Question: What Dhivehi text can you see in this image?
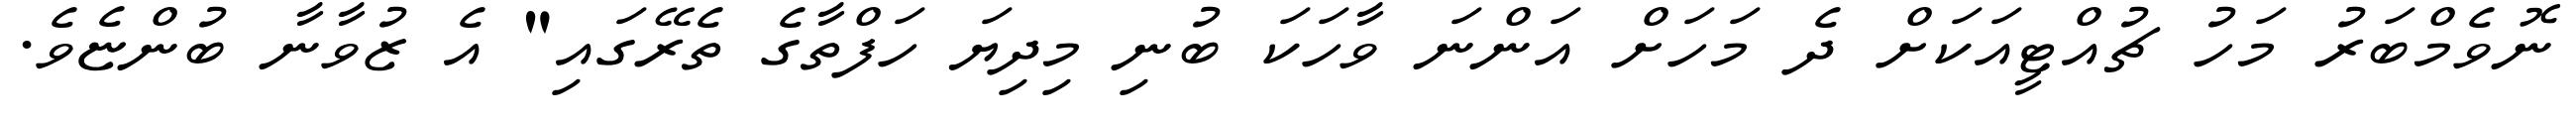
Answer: ނޮވެމްބަރު މަހު ޗުއްޓީއަކަށް ދެ މަހަށް އަންނަ ވާހަކަ ބުނި މިދިޔަ ހަފްތާގެ ތެރޭގައި" އެ ޒުވާނާ ބުންޏެވެ.